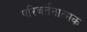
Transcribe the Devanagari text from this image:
परिवर्तनात्मक